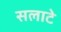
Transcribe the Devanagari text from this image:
सलाटे